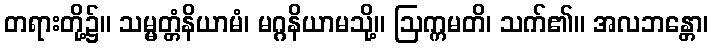
တရားတို့၌။ သမ္မတ္တံနိယာမံ၊ မဂ္ဂနိယာမသို့။ ဩက္ကမတိ၊ သက်၏။ အလဘန္တော၊